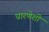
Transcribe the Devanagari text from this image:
धारणेशी